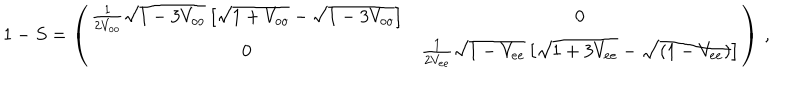
LaTeX: 1 - S = \left( \begin{array} { c c } { { \frac { 1 } { 2 V _ { o o } } \sqrt { 1 - 3 V _ { o o } } \left[ \sqrt { 1 + V _ { o o } } - \sqrt { 1 - 3 V _ { o o } } \right] } } & { { 0 } } \\ { { 0 } } & { { \frac { 1 } { 2 V _ { e e } } \sqrt { 1 - V _ { e e } } \left[ \sqrt { 1 + 3 V _ { e e } } - \sqrt { ( 1 - V _ { e e } ) } \right] } } \\ \end{array} \right) \, ,